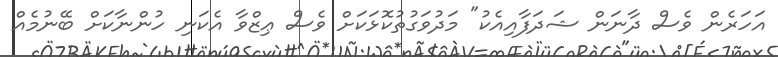
އަހަރެން ވެސް ދާނަން ޝަދަފާއިއެކު" މަދުވަގުތުކޮޅަކަށް ވެސް ޢިޒްވާ އެކަނި ހުންނާކަށް ބޭނުމެއް